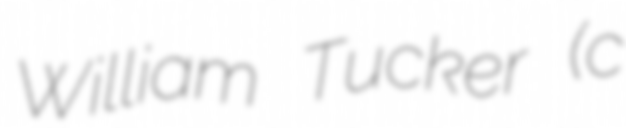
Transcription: William Tucker (c